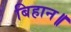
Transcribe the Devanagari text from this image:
बिहान॥